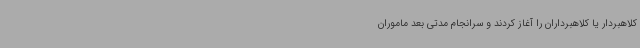
کلاهبردار یا کلاهبرداران را آغاز کردند و سرانجام مدتی بعد ماموران